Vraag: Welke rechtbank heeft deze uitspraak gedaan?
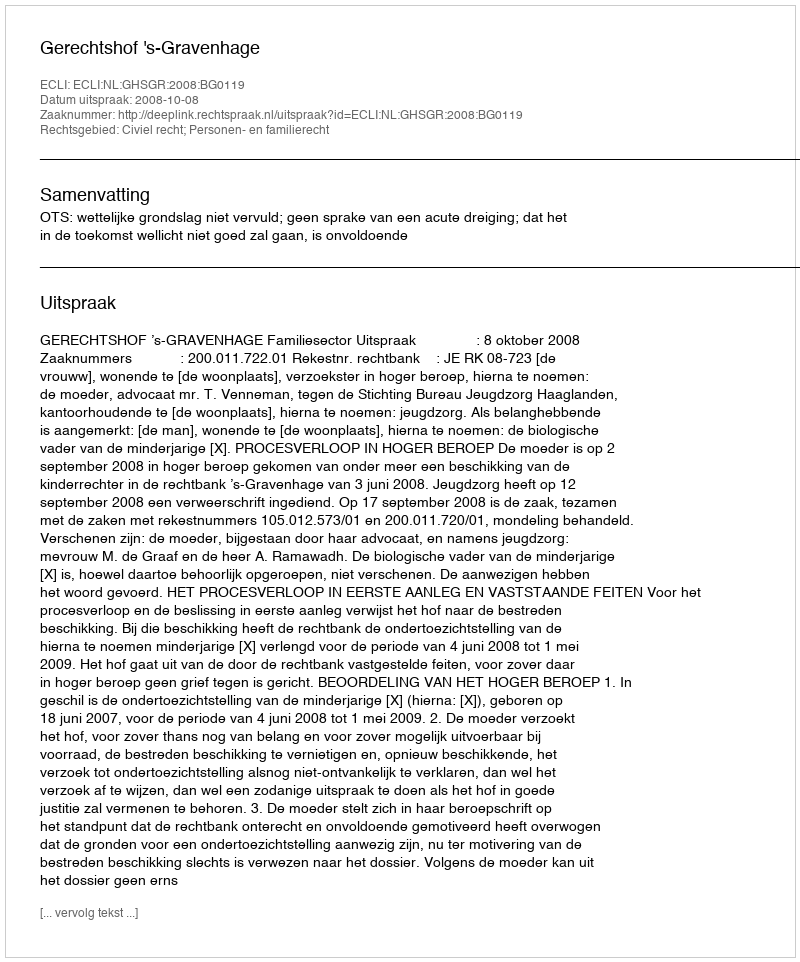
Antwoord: Gerechtshof 's-Gravenhage